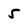
Character: 5